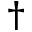
^ \dagger